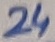
Text: 24